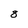
Character: 8